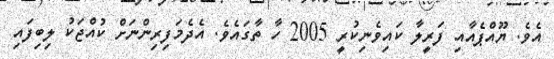
އެވެ. ޔޫއްޕެއާއި ފަރީލާ ކައިވެނިކުރީ 2005 ހާ ތާގައެވެ. އެދެމަފިރިންނަށް ކުއްޖަކު ލިބިފައި